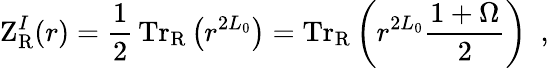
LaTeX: \mathrm{Z}_{\mathrm{R}}^{I}(r)=\frac{1}{2}\, \mathrm{Tr}_{\mathrm{R}}\left(r^{2L_{0}}\right)=\mathrm{Tr}_{\mathrm{R}}\left(r^{2L_{0}}{\frac{1+\Omega}{2}}\right)~~,